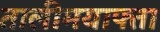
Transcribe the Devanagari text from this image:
तालीमयाफ्ता